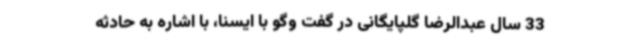
33 سال عبدالرضا گلپایگانی در گفت وگو با ایسنا، با اشاره به حادثه